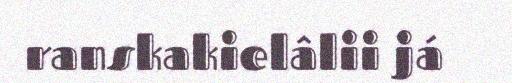
ranskakielâlii já